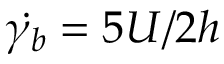
\dot { \gamma _ { b } } = 5 U / 2 h